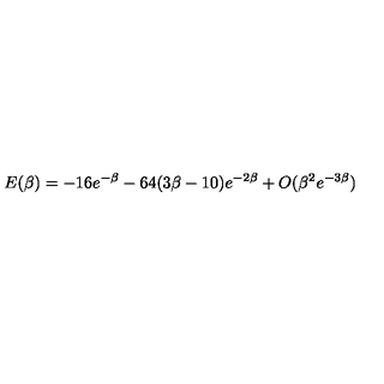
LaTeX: E ( \beta ) = - 1 6 e ^ { - \beta } - 6 4 ( 3 \beta - 1 0 ) e ^ { - 2 \beta } + O ( \beta ^ { 2 } e ^ { - 3 \beta } )